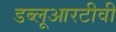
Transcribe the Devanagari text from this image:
डब्लूआरटीवी